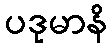
ပဒုမာနိ